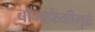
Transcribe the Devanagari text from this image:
बॉम्बफेकीमुळे